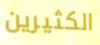
الكثيرين